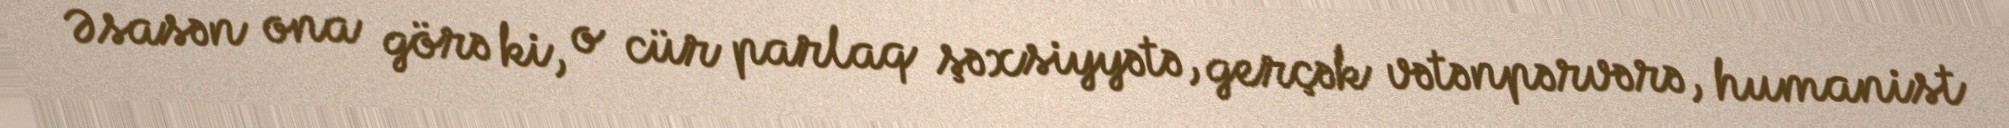
Əsasən ona görə ki, o cür parlaq şəxsiyyətə, gerçək vətənpərvərə, humanist